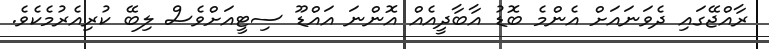
ރާއްޖޭގައި ދެވަނައަށް އެންމެ ބޮޑު އާބާދީއެއް އޮންނަ އައްޑޫ ސިޓީއަށްވެސް ލިބޭ ކުރިއެރުމެކެވެ.